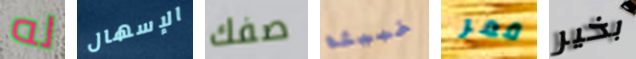
له الإسهال صفك خبيثة قمر بخير